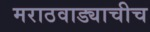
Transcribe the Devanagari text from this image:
मराठवाड्याचीच